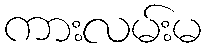
ကားလမ်းမ